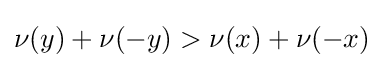
\nu (y)+\nu (-y)>\nu (x)+\nu (-x)